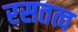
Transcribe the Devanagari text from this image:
रसतत्व